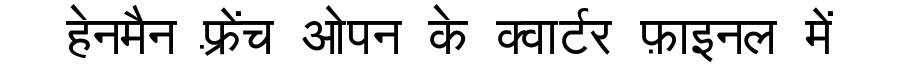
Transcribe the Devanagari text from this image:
हेनमैन फ़्रेंच ओपन के क्वार्टर फ़ाइनल में